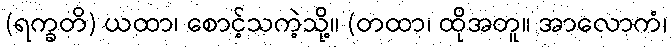
(ရက္ခတိ) ယထာ၊ စောင့်သကဲ့သို့။ (တထာ၊ ထိုအတူ။ အာလောကံ၊